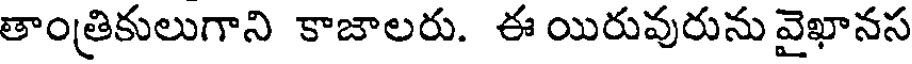
తాంత్రికులుగాని కాజాలరు. ఈ యిరువురును వైఖానస